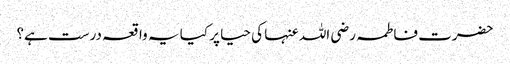
حضرت فاطمہ رضی اللہ عنہا کی حیا پر کیا یہ واقعہ درست ہے؟